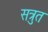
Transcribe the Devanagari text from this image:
सत्रुत